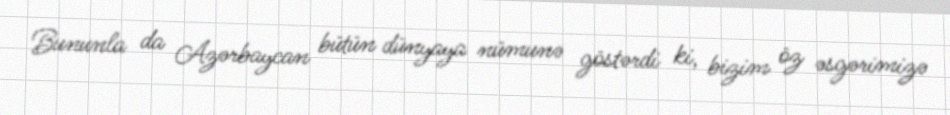
Bununla da Azərbaycan bütün dünyaya nümunə göstərdi ki, bizim öz əsgərimizə